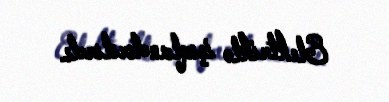
Elektriklə işıqlandırılırdı.